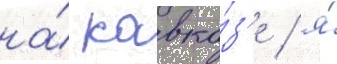
на́ кавка́з'е / я́